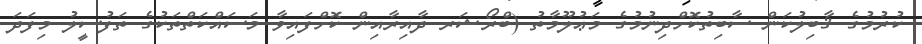
ކުރުމުގެ ޤާބިލުކަން ސާބިތުކޮށްދިނުމުގެ މަޢުލޫމާތު (ބްރޯޝަރ ދާއިރާއިން ކޮށްފައިވާ މަސައްކަތްތަކުގެ ތަފުސީލު މިފަދަ